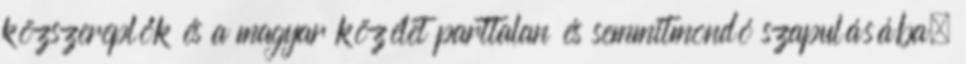
közszereplők és a magyar közélet parttalan és semmitmondó szapulásába.